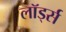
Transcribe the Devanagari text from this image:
लॉर्ड्‍स